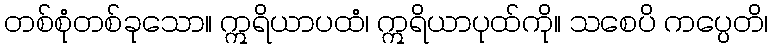
တစ်စုံတစ်ခုသော။ ဣရိယာပထံ၊ ဣရိယာပုထ်ကို။ သစေပိ ကပ္ပေတိ၊